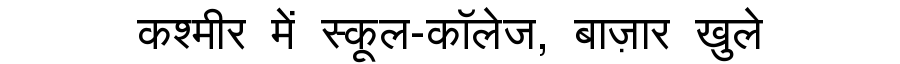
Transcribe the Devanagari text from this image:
कश्मीर में स्कूल-कॉलेज, बाज़ार खुले